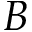
B